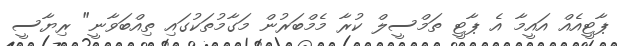
ޕާޓީއެއް އައީމާ އެ ޕާޓީ ތަމްސީލް ކުރާ މެމްބަރުން މަގާމުތަކުގައި ތިއްބަވާނީ" ރިޔާސީ